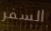
السفر